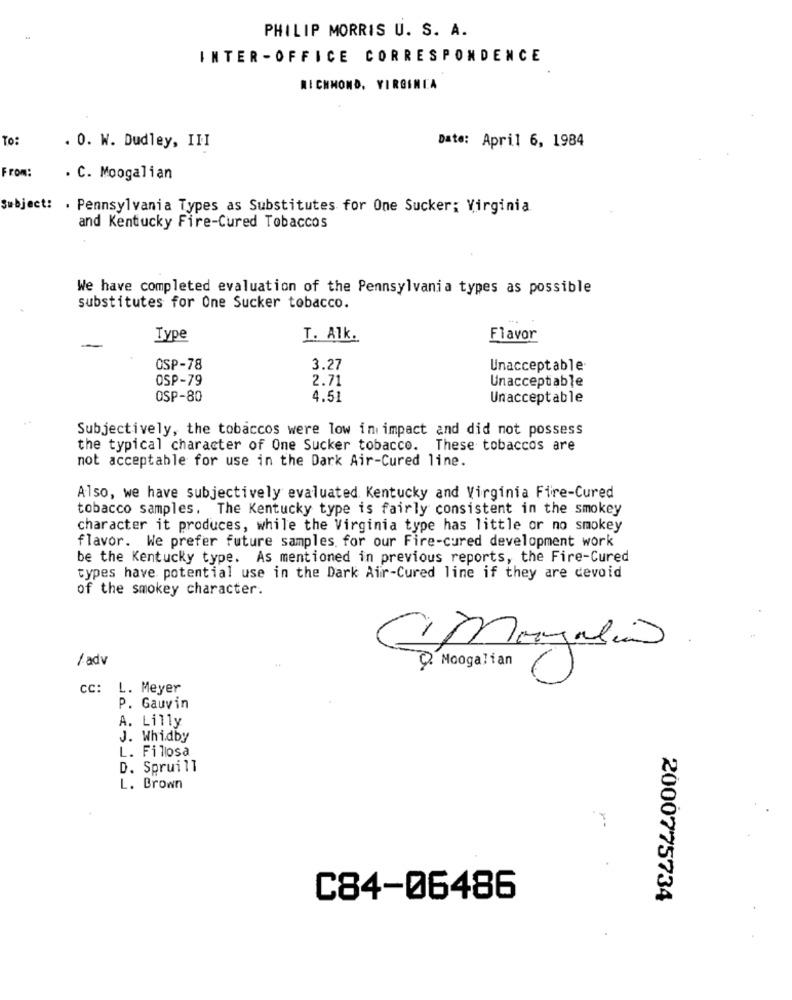
PHILIP MORRIS U. S. A.
INTER-OFFICE CORRESPONDENCE
RICHMOND, VIRGINIA
To:
. 0. W. Dudley, III
Date: April 6, 1984
From:
. C. Moogalian
Subject: . Pennsylvania Types as Substitutes for One Sucker: Virginia.
and Kentucky Fire-Cured Tobaccos
We have completed evaluation of the Pennsylvania types as possible
substitutes for One Sucker tobacco.
Type
T. Alk.
Flavor
OSP-78
3.27
Unacceptable
OSP-79
2.71
Unacceptable
OSP-80
4.51
Unacceptable
Subjectively, the tobaccos were low inimpact and did not possess
the typical character of One Sucker tobacco. These tobaccos are
not acceptable for use in the Dark Air-Cured line.
Also, we have subjectively evaluated Kentucky and Virginia Fire-Cured
tobacco samples. The Kentucky type is fairly consistent in the smokey
character it produces, while the Virginia type has little or no smokey
flavor. We prefer future samples for our Fire-cured development work
be the Kentucky type. As mentioned in previous reports, the Fire-Cured
types have potential use in the Dark Air-Cured line if they are devoid
of the smokey character.
( Magasin
/ adv
Q. Moogalian
CC: L. Meyer
P. Gauvin
A. Lilly
J. Whidby
L. Fillosa
D. Spruill
L. Brown
C84-06486
2000775734